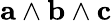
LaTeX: \mathbf{a}\wedge\mathbf{b}\wedge\mathbf{c}